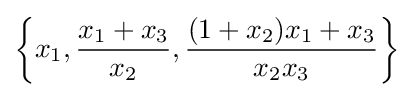
\left\{x_{1},{\frac {x_{1}+x_{3}}{x_{2}}},{\frac {(1+x_{2})x_{1}+x_{3}}{x_{2}x_{3}}}\right\}